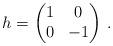
LaTeX: \begin{align*}h=\begin{pmatrix}1 & 0\\0 & -1\end{pmatrix}\,.\end{align*}